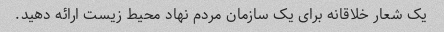
یک شعار خلاقانه برای یک سازمان مردم نهاد محیط زیست ارائه دهید.